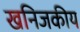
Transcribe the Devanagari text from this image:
खनिजकीय